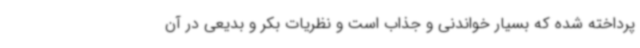
پرداخته شده که بسیار خواندنی و جذاب است و نظریات بکر و بدیعی در آن